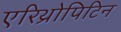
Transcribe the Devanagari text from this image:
एरिथ्रोपिटिन